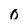
Character: 0